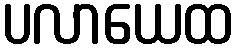
ပလာယေထ